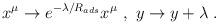
LaTeX: \begin{align*}x^{\mu} \rightarrow e^{-\lambda/R_{ads}} x^{\mu}~,~ y \rightarrow y + \lambda ~.~\end{align*}